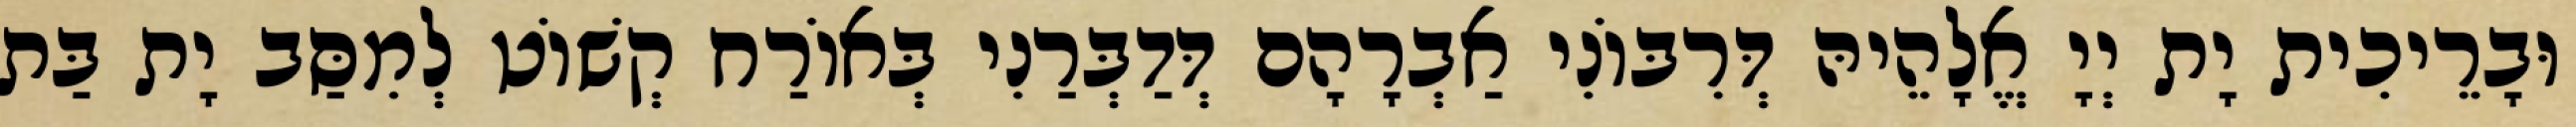
וּבָרֵיכִית יָת יְיָ אֱלָהֵיהּ דְּרִבּוֹנִי אַבְרָהָם דְּדַבְּרַנִי בְּאוֹרַח קְשׁוֹט לְמִסַּב יָת בַּת